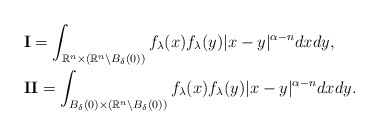
\begin{align*} &\textbf{I}=\int_{\mathbb{R}^n\times(\mathbb{R}^n\backslash B_\delta(0))}f_\lambda(x)f_\lambda(y)|x-y|^{\alpha-n}dxdy,\\ &\textbf{II}=\int_{B_\delta(0)\times(\mathbb{R}^n\backslash B_\delta(0))}f_\lambda(x)f_\lambda(y)|x-y|^{\alpha-n}dxdy.\end{align*}